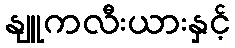
နျူကလီးယားနှင့်